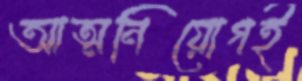
আত্মনিয়োগই